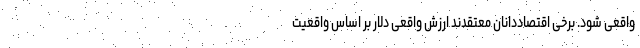
واقعی شود. برخی اقتصاددانان معتقدند ارزش واقعی دلار بر اساس واقعیت